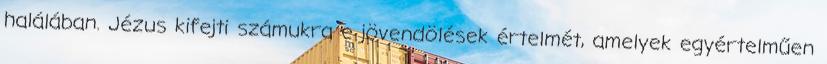
halálában. Jézus kifejti számukra e jövendölések értelmét, amelyek egyértelműen